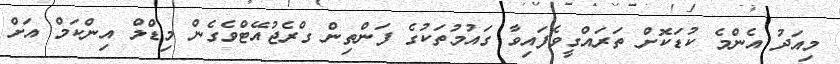
މިއަދު އެންމެ ކުޑަކޮށް ތަރައްގީވެފައިވާ ގައުމުތަކުގެ ފަންތިން ގްރެޖުއޭޓްވެގެން މިޑްލް އިންކަމް އަށް